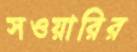
সওয়ারির